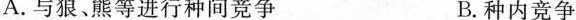
A.与狼、熊等进行种间竞争 B.种内竞争